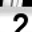
Digit: 2